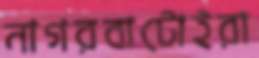
নাগরবাটোইরা